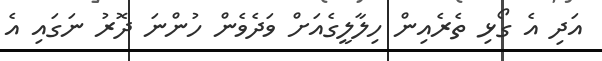
އަދި އެ ގޯޅި ތެރެއިން ހިލާލީގެއަށް ވަދެވެން ހުންނަ ދޮރު ނަގައި އެ